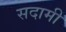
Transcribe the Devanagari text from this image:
सदामी